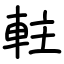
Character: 軴